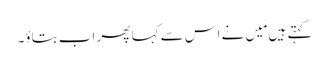
کہتے ہیں مَیں نے اس سے کہا پھر اب بتاؤ۔